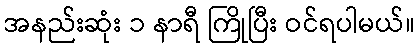
အနည်းဆုံး ၁ နာရီ ကြိုပြီး ဝင်ရပါမယ်။